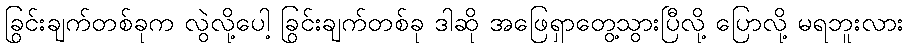
ခြွင်းချက်တစ်ခုက လွဲလို့ပေါ့ ခြွင်းချက်တစ်ခု ဒါဆို အဖြေရှာတွေ့သွားပြီလို့ ပြောလို့ မရဘူးလား